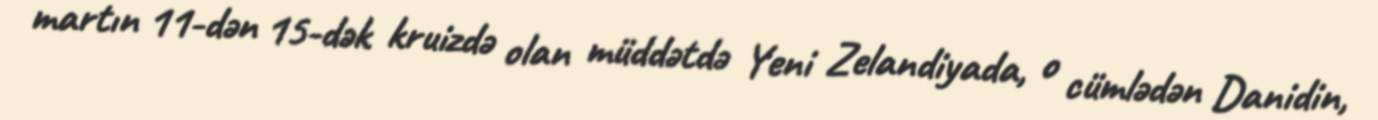
martın 11-dən 15-dək kruizdə olan müddətdə Yeni Zelandiyada, o cümlədən Danidin,